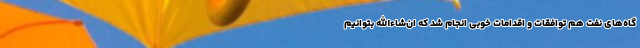
گاه‌های نفت هم توافقات و اقدامات خوبی انجام شد که ان‌شاءالله بتوانیم